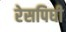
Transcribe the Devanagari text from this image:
रेसपिघी